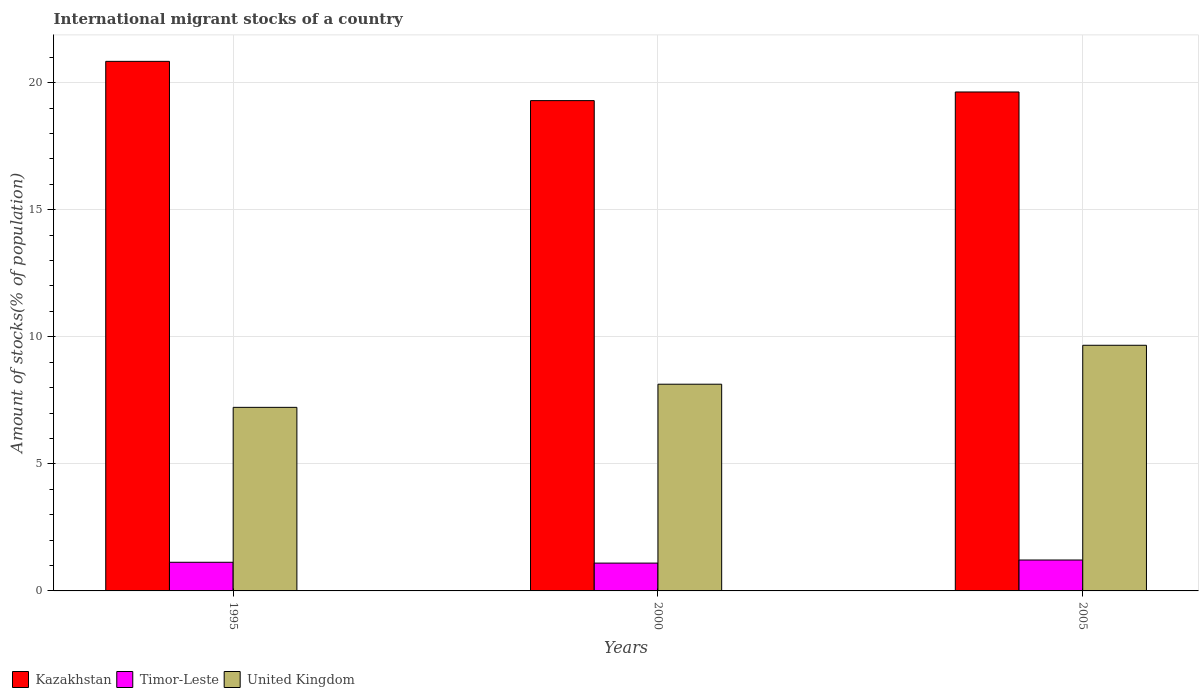
| Years | Kazakhstan | Timor-Leste | United Kingdom |
 | --- | --- | --- | --- |
 | 1995 | 20.8 | 1.13 | 7.22 |
 | 2000 | 19.3 | 1.09 | 8.13 |
 | 2005 | 19.6 | 1.22 | 9.66 |